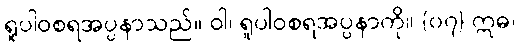
ရူပါဝစရအပ္ပနာသည်။ ဝါ၊ ရူပါဝစရအပ္ပနာကို။ {၀၇} ဣဓ၊